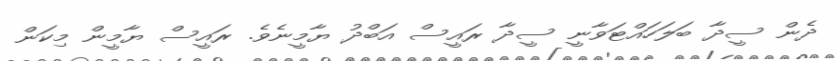
ދެން ސީދާ ބަލަހައްޓަވާނީ ސީދާ ރައީސް އަބްދު ޔާމީނެވެ. ރައީސް ޔާމީން މިކަން